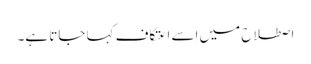
اصطلاح میں اِسے اعتکاف کہا جاتا ہے۔